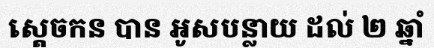
ស្តេចកន បាន អូសបន្លាយ ដល់ ២ ឆ្នាំ